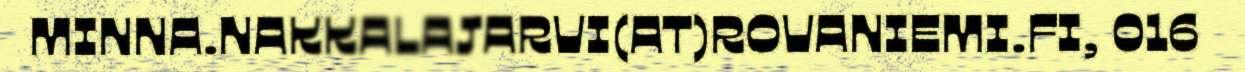
MINNA.NAKKALAJARVI(AT)ROVANIEMI.FI, 016